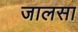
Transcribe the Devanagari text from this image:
जालसा